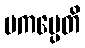
ပကပ္ပေတိ